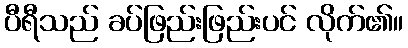
ပီရီသည် ခပ်ဖြည်းဖြည်းပင် လိုက်၏။